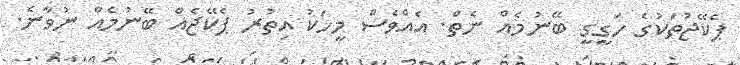
ޕެކޭޖުތަކުގެ ހަގީގީ ބޭނުމެއް ނެތް. އެއްވެސް މީހަކު އިތުރު ޕެކޭޖެއް ބޭނުމެއް ނުވާނެ.